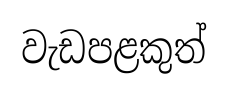
වැඩපළකුත්